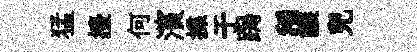
猛擡何濱揲于跼稻譲兒